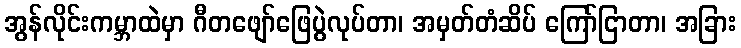
အွန်လိုင်းကမ္ဘာထဲမှာ ဂီတဖျော်ဖြေပွဲလုပ်တာ၊ အမှတ်တံဆိပ် ကြော်ငြာတာ၊ အခြား